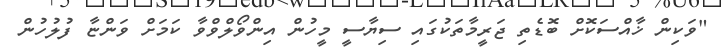
"ވަކިން ޚާއްސަކޮށް ބޮޑެތި ޖަރީމާތަކުގައި ސިޔާސީ މީހުން އިންވޯލްވްވާ ކަމަށް ވަންޏާ ފުލުހުން